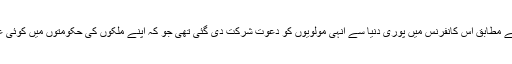
یہی وجہ ہے کہ ذرائع ابلاغ کے مطابق اس کانفرنس میں پوری دنیا سے انہی مولویوں کو دعوتِ شرکت دی گئی تھی جو کہ اپنے ملکوں کی حکومتوں میں کوئی عہدہ یا منصب کے حامل تھے۔